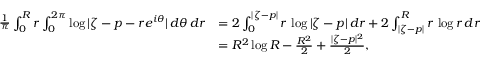
\begin{array} { r l } { \frac { 1 } { \pi } \int _ { 0 } ^ { R } r \int _ { 0 } ^ { 2 \pi } \log | \zeta - p - r e ^ { i \theta } | \, d \theta \, d r } & { = 2 \int _ { 0 } ^ { | \zeta - p | } r \, \log | \zeta - p | \, d r + 2 \int _ { | \zeta - p | } ^ { R } r \, \log r \, d r } \\ & { = R ^ { 2 } \log R - \frac { R ^ { 2 } } { 2 } + \frac { | \zeta - p | ^ { 2 } } { 2 } , } \end{array}